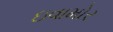
ઇવામોર